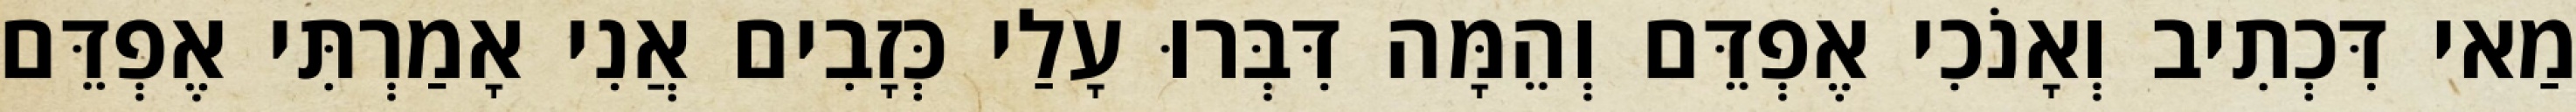
מַאי דִּכְתִיב וְאָנֹכִי אֶפְדֵּם וְהֵמָּה דִּבְּרוּ עָלַי כְּזָבִים אֲנִי אָמַרְתִּי אֶפְדֵּם